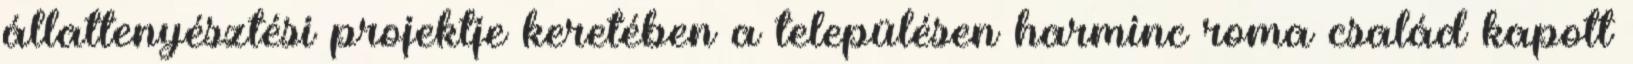
állattenyésztési projektje keretében a településen harminc roma család kapott